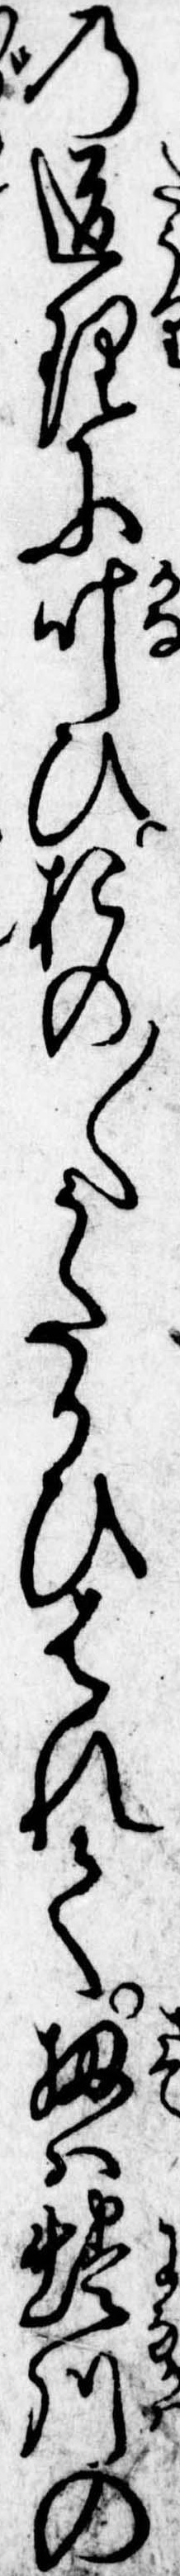
の道理に叶ひおの〱うたかひはれて扨は蜷川の